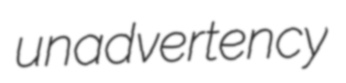
unadvertency